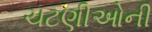
ચટણીઓની